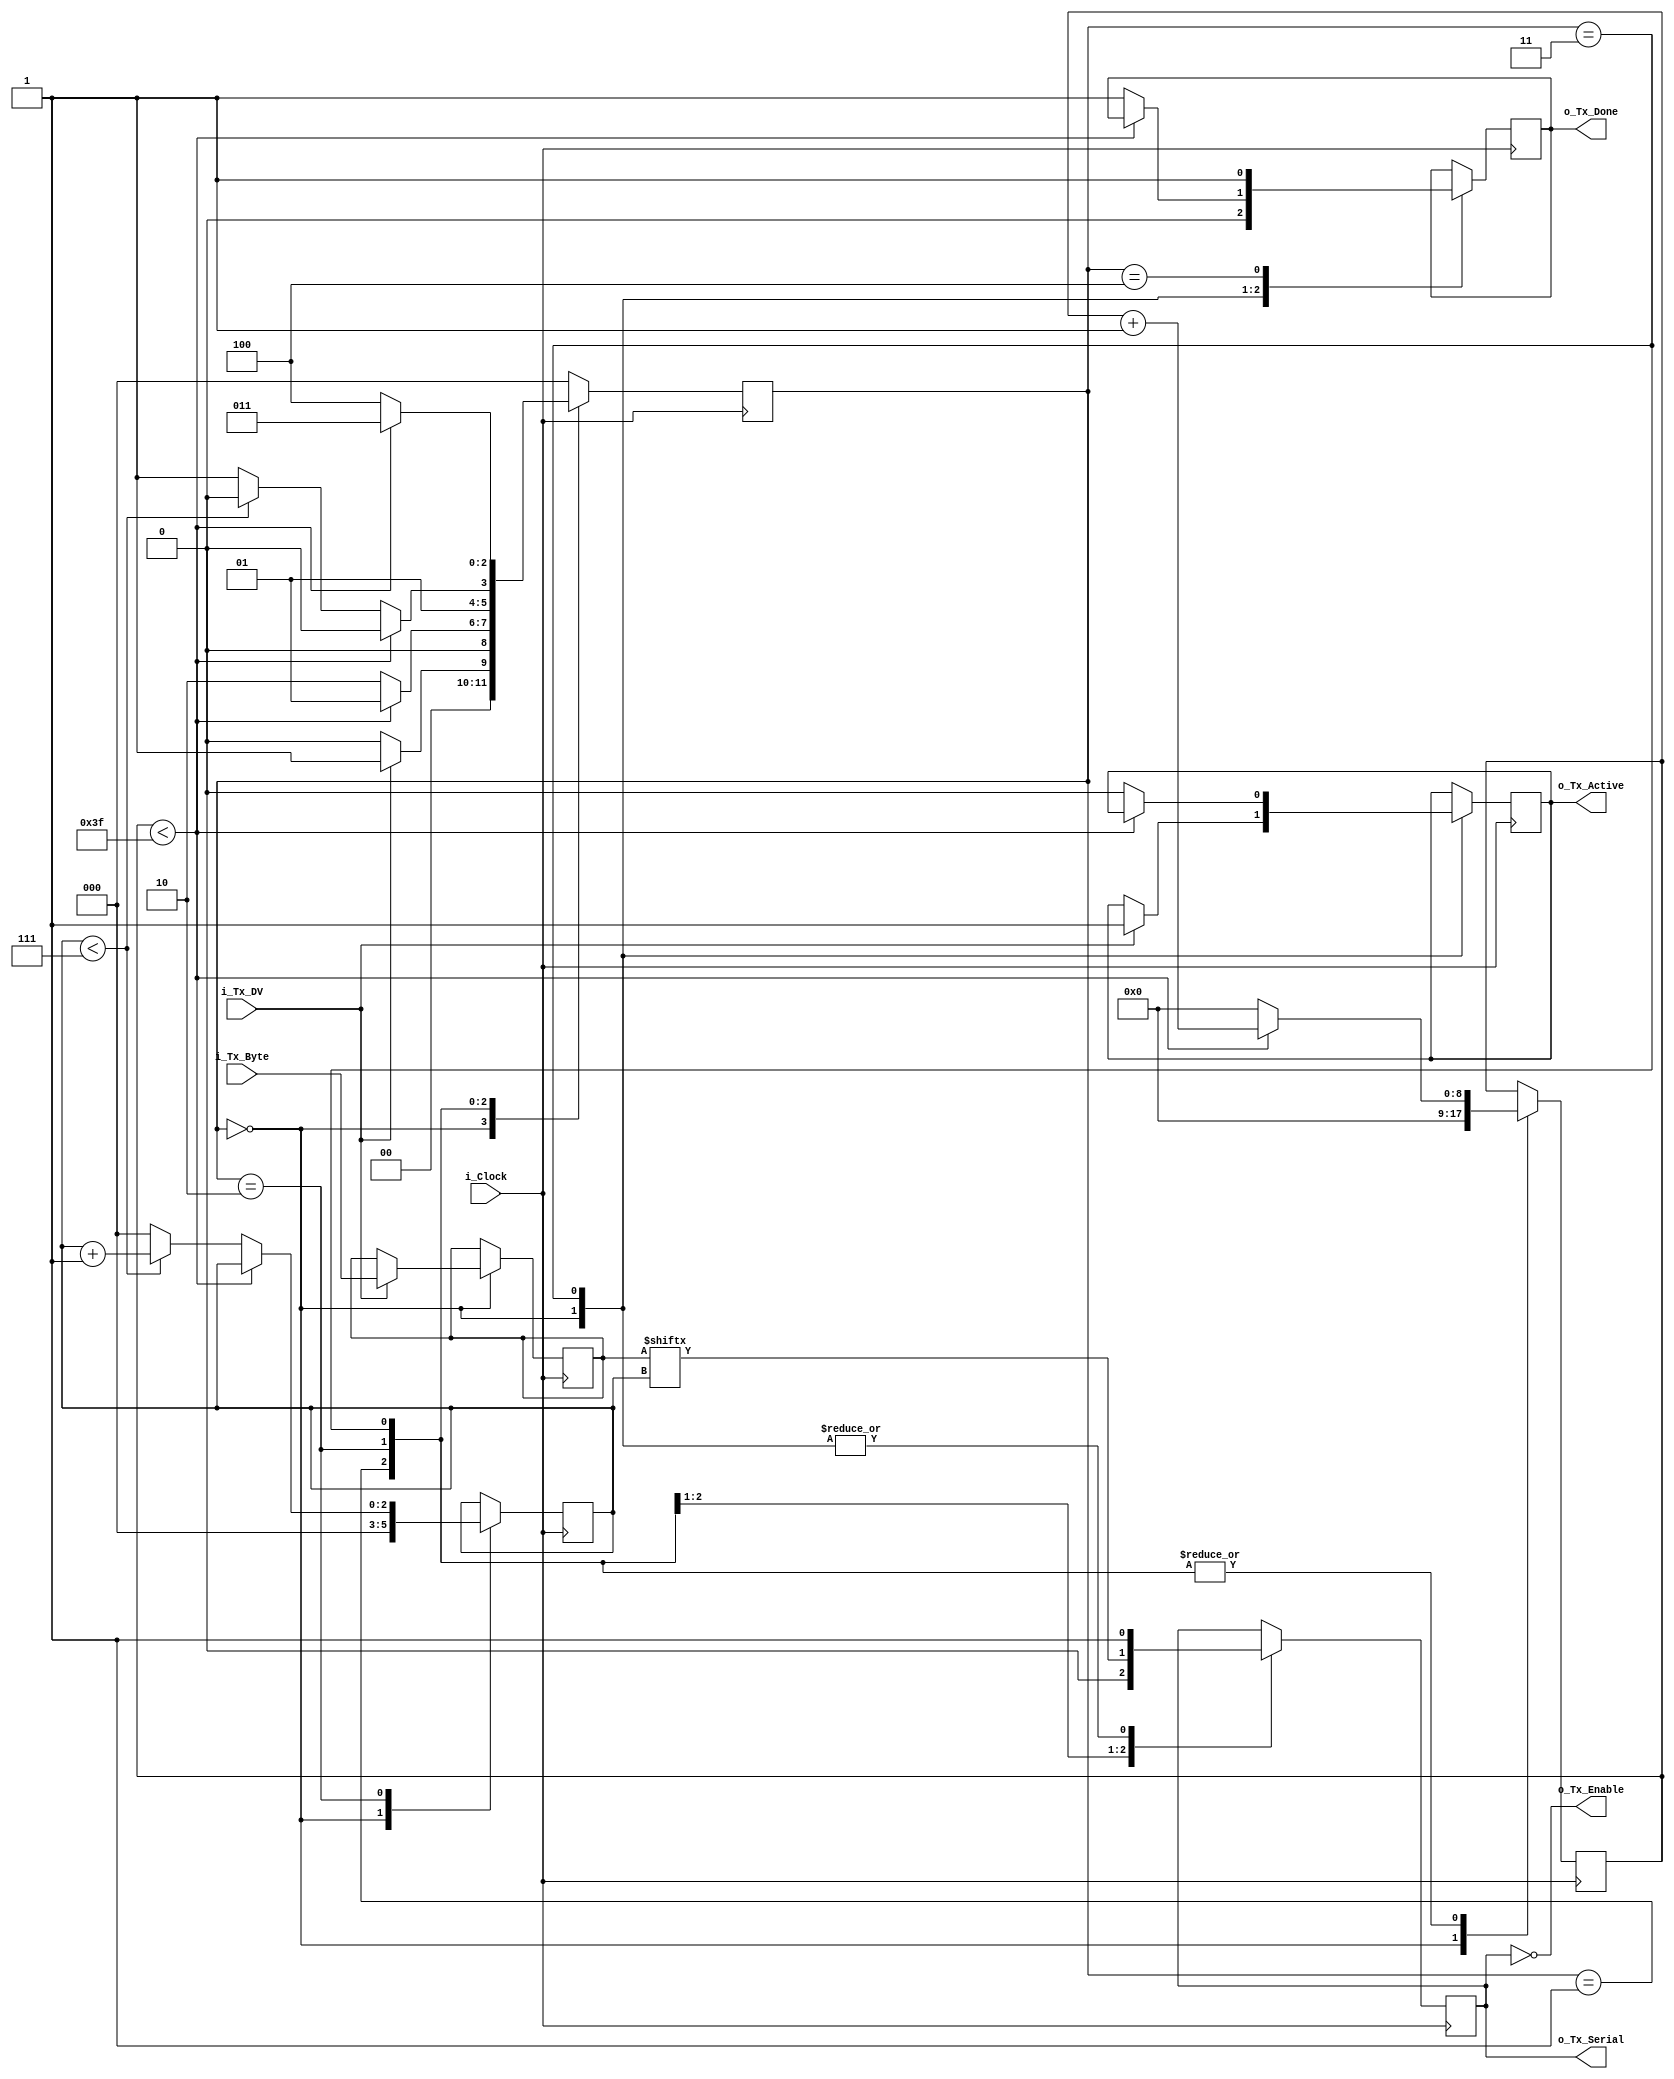
//////////////////////////////////////////////////////////////////////
// File Downloaded from http://www.nandland.com
//////////////////////////////////////////////////////////////////////
// This file contains the UART Transmitter.  This transmitter is able
// to transmit 8 bits of serial data, one start bit, one stop bit,
// and no parity bit.  When transmit is complete o_Tx_done will be
// driven high for one clock cycle.
//
// Set Parameter CLKS_PER_BIT as follows:
// CLKS_PER_BIT = (Frequency of i_Clock)/(Frequency of UART)
// Example: 10 MHz Clock, 115200 baud UART
// (10000000)/(115200) = 87

module uart_tx
  (
   input       i_Clock,
   input       i_Tx_DV,
   input [7:0] i_Tx_Byte,
   output      o_Tx_Active,
   output reg  o_Tx_Serial,
   output      o_Tx_Enable,
   output      o_Tx_Done
   );
  localparam CLKS_PER_BIT   = 64; // 139 at 16MHz this is 115200 baudrate, 64 at 16MHz is 250000 
  localparam s_IDLE         = 3'b000;
  localparam s_TX_START_BIT = 3'b001;
  localparam s_TX_DATA_BITS = 3'b010;
  localparam s_TX_STOP_BIT  = 3'b011;
  localparam s_CLEANUP      = 3'b100;

  reg [2:0]    r_SM_Main     = 0;
  reg [8:0]    r_Clock_Count = 0;
  reg [2:0]    r_Bit_Index   = 0;
  reg [7:0]    r_Tx_Data     = 0;
  reg          r_Tx_Done     = 0;
  reg          r_Tx_Active   = 0;

  assign o_Tx_Enable = !o_Tx_Serial;

  always @(posedge i_Clock)
    begin

      case (r_SM_Main)
        s_IDLE :
          begin
            o_Tx_Serial   <= 1'b1;         // Drive Line High for Idle
            r_Tx_Done     <= 1'b0;
            r_Clock_Count <= 0;
            r_Bit_Index   <= 0;

            if (i_Tx_DV == 1'b1)
              begin
                r_Tx_Active <= 1'b1;
                r_Tx_Data   <= i_Tx_Byte;
                r_SM_Main   <= s_TX_START_BIT;
              end
            else
              r_SM_Main <= s_IDLE;
          end // case: s_IDLE


        // Send out Start Bit. Start bit = 0
        s_TX_START_BIT :
          begin
            o_Tx_Serial <= 1'b0;

            // Wait CLKS_PER_BIT-1 clock cycles for start bit to finish
            if (r_Clock_Count < CLKS_PER_BIT-1)
              begin
                r_Clock_Count <= r_Clock_Count + 1;
                r_SM_Main     <= s_TX_START_BIT;
              end
            else
              begin
                r_Clock_Count <= 0;
                r_SM_Main     <= s_TX_DATA_BITS;
              end
          end // case: s_TX_START_BIT


        // Wait CLKS_PER_BIT-1 clock cycles for data bits to finish
        s_TX_DATA_BITS :
          begin
            o_Tx_Serial <= r_Tx_Data[r_Bit_Index];

            if (r_Clock_Count < CLKS_PER_BIT-1)
              begin
                r_Clock_Count <= r_Clock_Count + 1;
                r_SM_Main     <= s_TX_DATA_BITS;
              end
            else
              begin
                r_Clock_Count <= 0;

                // Check if we have sent out all bits
                if (r_Bit_Index < 7)
                  begin
                    r_Bit_Index <= r_Bit_Index + 1;
                    r_SM_Main   <= s_TX_DATA_BITS;
                  end
                else
                  begin
                    r_Bit_Index <= 0;
                    r_SM_Main   <= s_TX_STOP_BIT;
                  end
              end
          end // case: s_TX_DATA_BITS


        // Send out Stop bit.  Stop bit = 1
        s_TX_STOP_BIT :
          begin
            o_Tx_Serial <= 1;

            // Wait CLKS_PER_BIT-1 clock cycles for Stop bit to finish
            if (r_Clock_Count < CLKS_PER_BIT-1)
              begin
                r_Clock_Count <= r_Clock_Count + 1;
                r_SM_Main     <= s_TX_STOP_BIT;
              end
            else
              begin
                r_Tx_Done     <= 1'b1;
                r_Clock_Count <= 0;
                r_SM_Main     <= s_CLEANUP;
                r_Tx_Active   <= 1'b0;
              end
          end // case: s_Tx_STOP_BIT


        // Stay here 1 clock
        s_CLEANUP :
          begin
            r_Tx_Done <= 1'b1;
            r_SM_Main <= s_IDLE;
          end


        default :
          r_SM_Main <= s_IDLE;

      endcase
    end

  assign o_Tx_Active = r_Tx_Active;
  assign o_Tx_Done   = r_Tx_Done;

endmodule